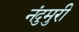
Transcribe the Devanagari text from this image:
नंदुमुरी